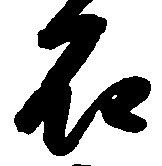
石